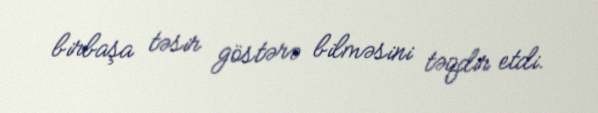
birbaşa təsir göstərə bilməsini təqdir etdi.